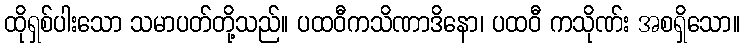
ထိုရှစ်ပါးသော သမာပတ်တို့သည်။ ပထဝီကသိဏာဒိနော၊ ပထဝီ ကသိုဏ်း အစရှိသော။